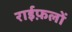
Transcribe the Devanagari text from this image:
राईफ़लों